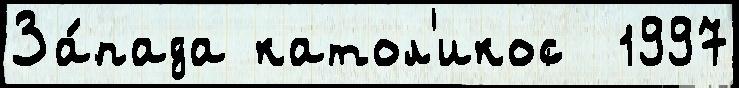
За́пада катол'икос  1997